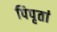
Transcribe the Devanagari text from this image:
पिपृतां